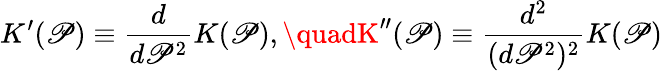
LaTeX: K^{\prime}(\mathscr{P})\equiv\frac{{d}}{{d\mathscr{P}^{2}}}K(\mathscr{P}),\quadK^{\prime\prime}(\mathscr{P})\equiv\frac{{d^{2}}}{{(d\mathscr{P}^{2})^{2}}}K(\mathscr{P})